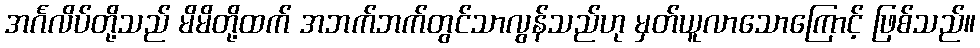
အင်္ဂလိပ်တို့သည် မိမိတို့ထက် အဘက်ဘက်တွင်သာလွန်သည်ဟု မှတ်ယူလာသောကြောင့် ဖြစ်သည်။